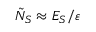
\tilde { N } _ { S } \approx E _ { S } / \varepsilon